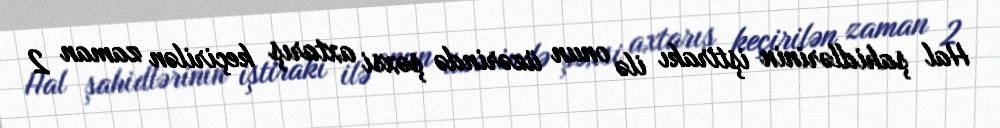
Hal şahidlərinin iştirakı ilə onun üzərində şəxsi axtarış keçirilən zaman 2